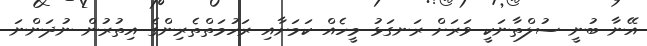
އޭނާ ބުނީ ސުލްތާނަކީ ވަރަށް ރަނގަޅު މީހެއް ކަމަށާއި ރަހުމަތްތެރިންގެ އިތުރުން ނުދަންނަ